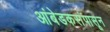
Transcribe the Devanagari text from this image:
आंबेडकरांपासून